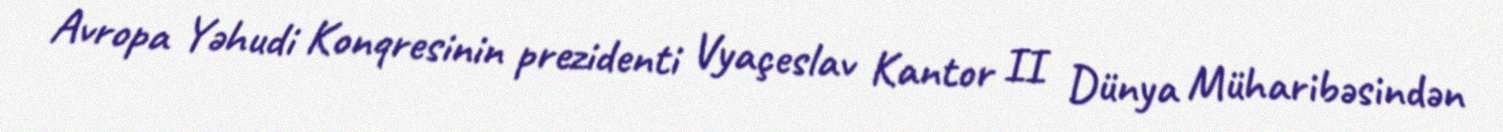
Avropa Yəhudi Konqresinin prezidenti Vyaçeslav Kantor II Dünya Müharibəsindən